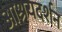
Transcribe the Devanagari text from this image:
आश्रयदर्शन